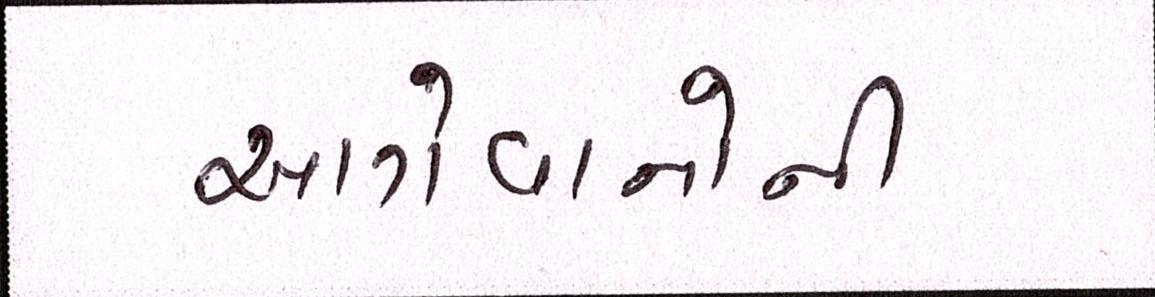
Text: આગેવાનોની